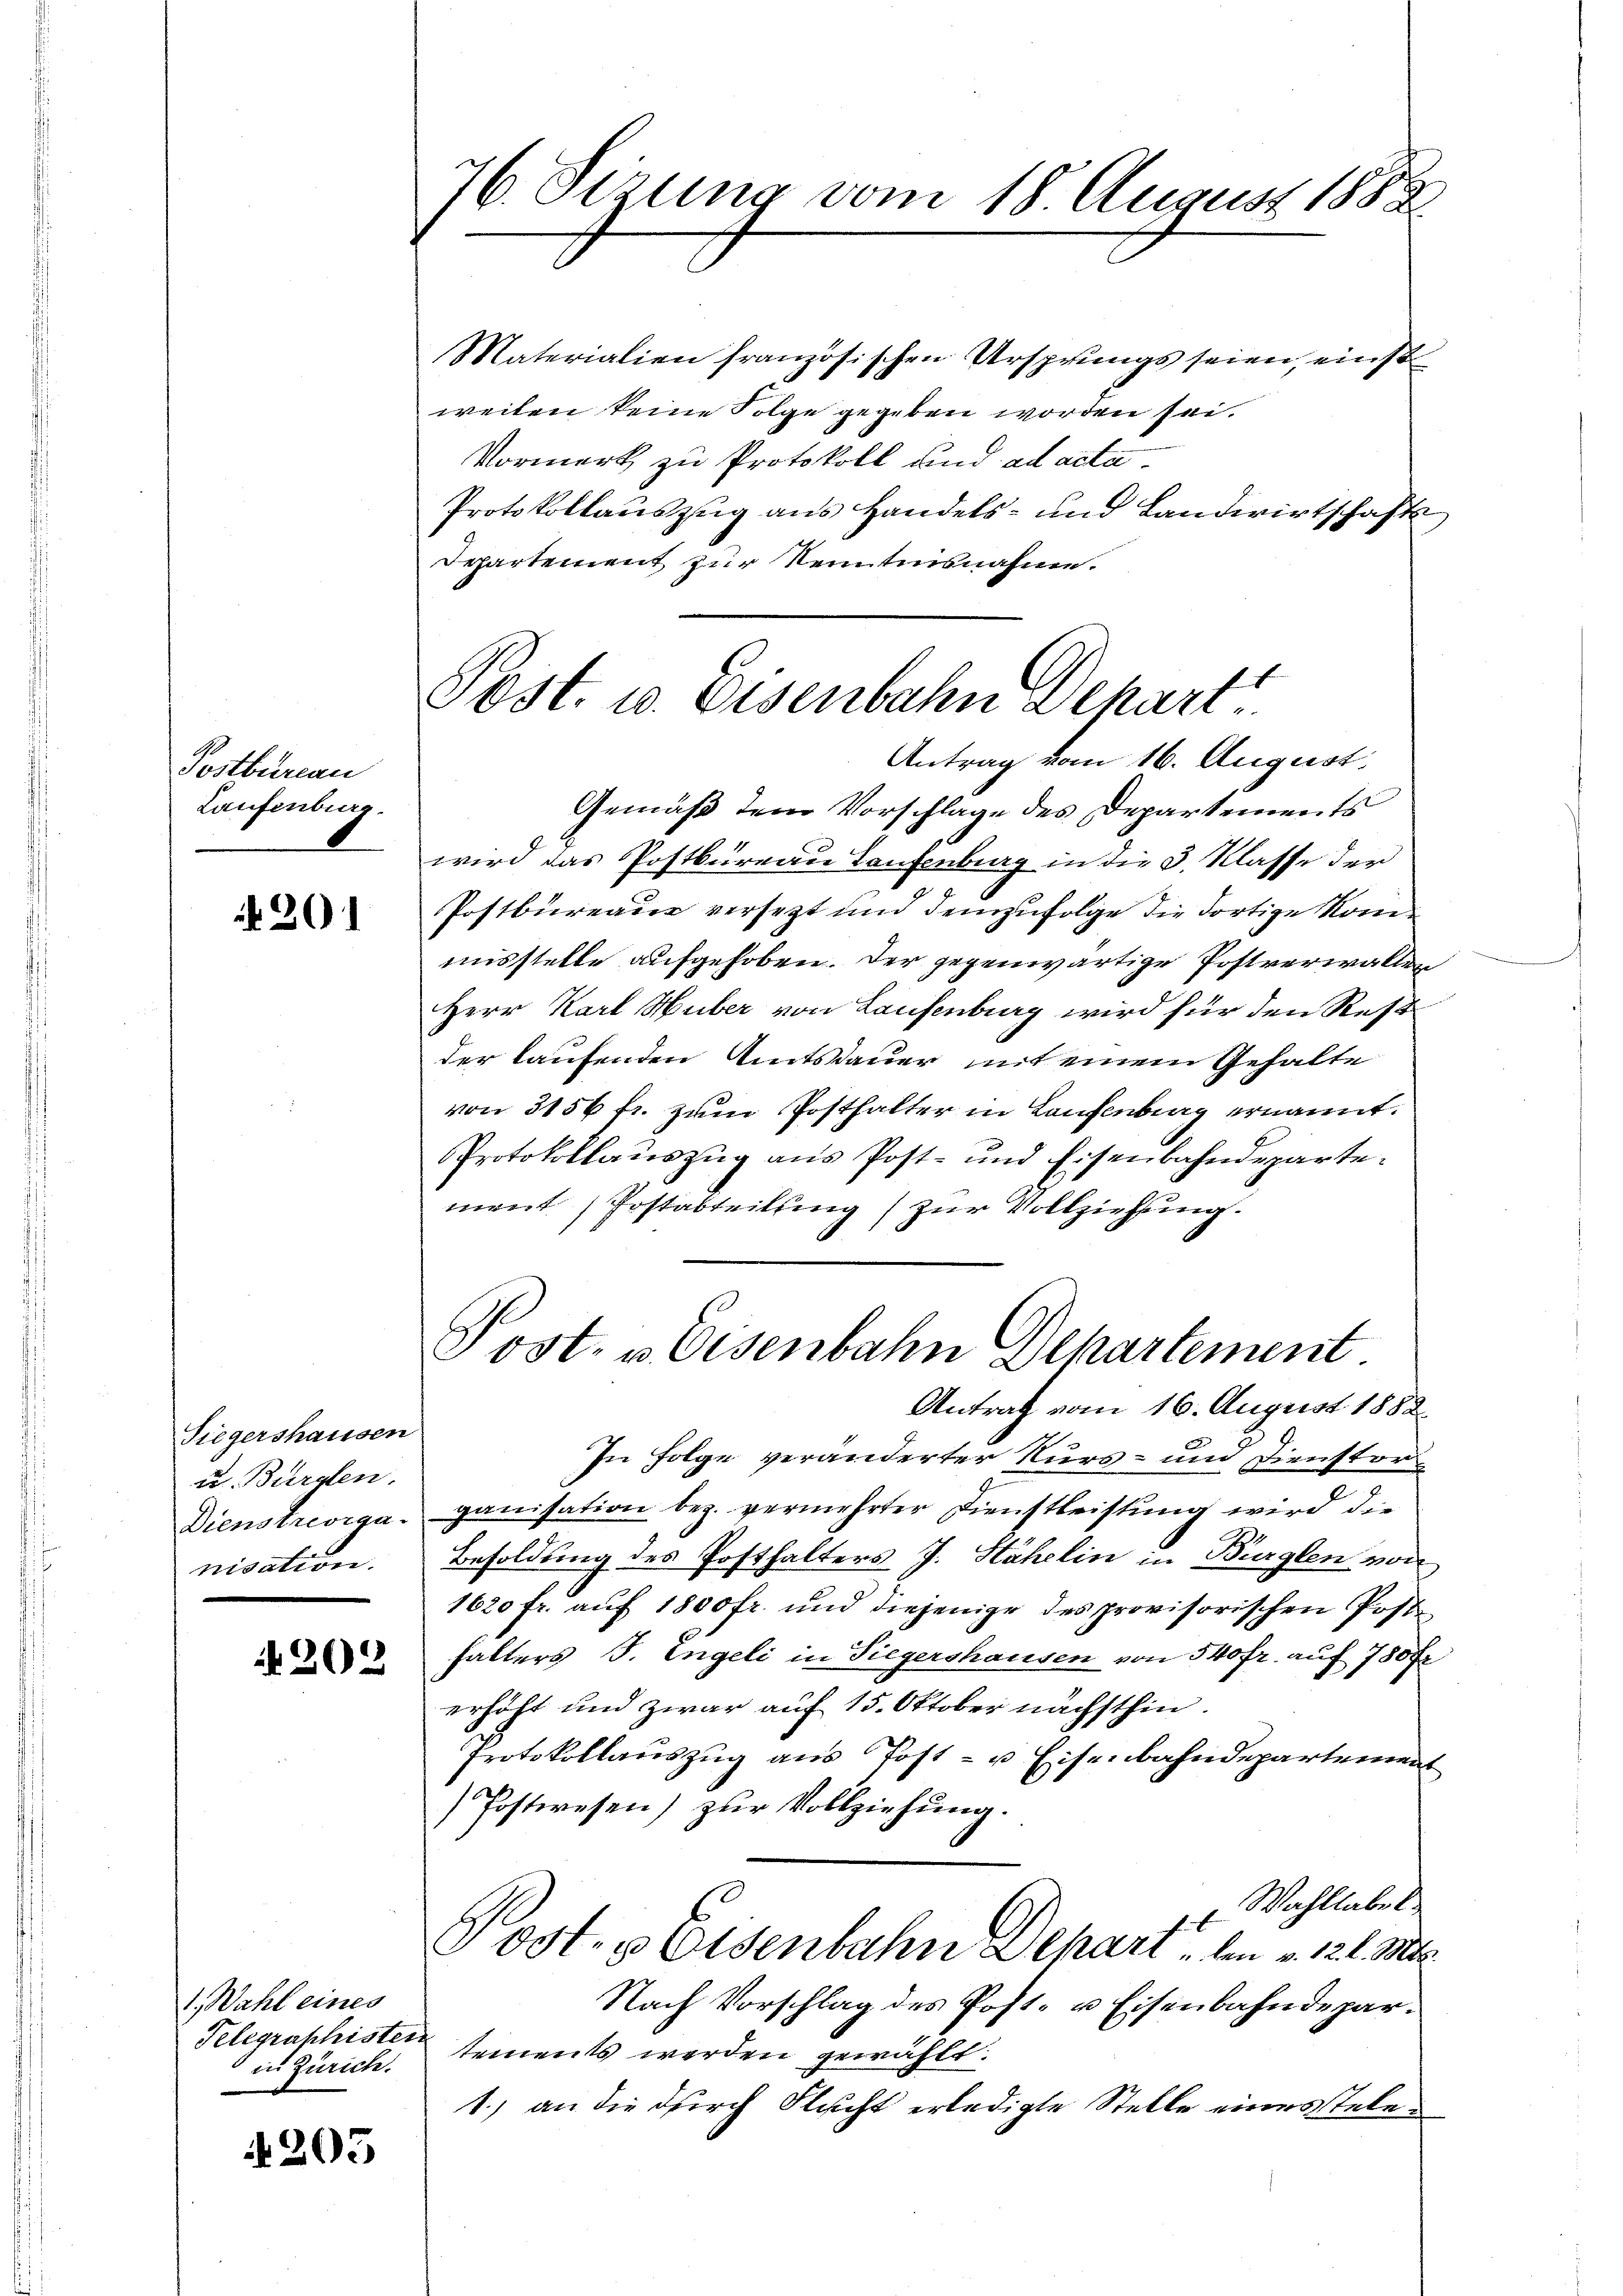
Postbureau
Laufenburg.

201

Siegershausen
u. Bürglen.
Dienstrevigu.
nisation.

N 202

Materialien französischen Ursprungs seien, einst
weiten keine Folge gegeben worden sei.
Vormerk zu Protokoll und ad acta
Protokollauszug aus Handels- und Landwirtschafts
Departement zur Seitensnahme.

1.) Wahl eines
Telegraphisten
in Zürich.

4203

76. Sizung vom 18 August 1888

Post. u. Eisenbahn Behart
Antrag vom 16. August.

Post- & Eisenbahn Departement

Gemäß dem Vorschlage des Departements
wird das Postbureau Laufenburg in die 3. Klasse der
Postbureaus versetzt und demzufolge die dortige Kommusstelle aufgehoben. Der gegenwärtige Postverwalter
Herr Karl Huber von Laufenburg wird für den Rest
der laufenden Amtsdauer mit einem Gehalte
von 3156 fr. zum Posthalter in Laufenburg ernannt.
Protokollauszug aus Post- und Eisenbahndepartement Postabteilung zur Vollziehung.
Antrag vom 16. August 1882.
In Folge veränderter Kurs- und Dienstorganisation bez. vermehrter Dienstleistung wird die
Besoldung des Posthalters J. Hähelin in Bürglen von
1620 fr. auf 1800 fr. und diejenige des provisorischen Post
halters J. Engeli in Siegershausen von 540 fr. auf 780 Fr
erhöht und zwar auf 15. Oktober nächsthin.
Protokollauszug aus Post- u Eisenbahndepartement
Postwesen) zur Vollziehung.
Wahllabel
Post. Eisenbahn Depart, den v. 12 l. Mts.
Nach Vorschlag des Post- u Eisenbahndeparstements werden gewählt.
1.) an die durch Flucht erledigte Stelle eines stele¬